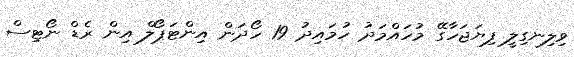
ވިލިނގިލީ ފިޔަޖަހާގޭ މުހައްމަދު ހުމައިދު 19 ހޯދަން އިންޓަޕޯލް އިން ރެޑް ނޯޓިސް